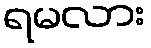
ရမလား